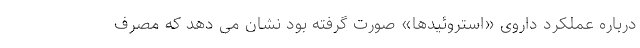
درباره عملکرد داروی «استروئیدها» صورت گرفته بود نشان می دهد که مصرف